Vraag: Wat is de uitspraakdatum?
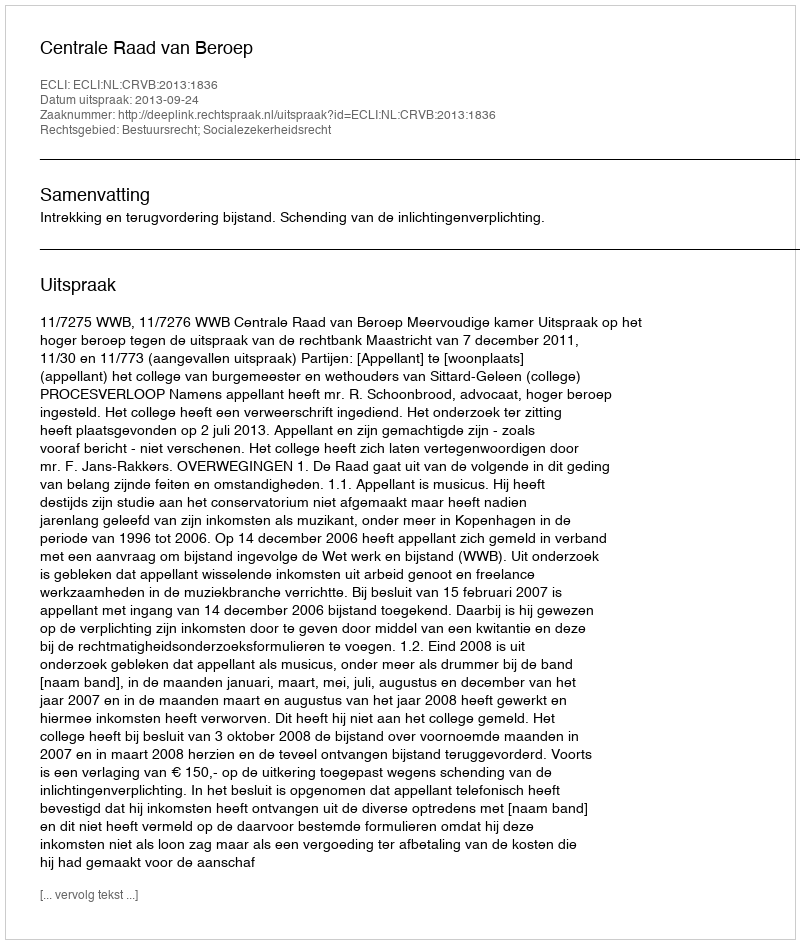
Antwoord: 2013-09-24